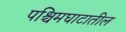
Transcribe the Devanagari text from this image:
पश्चिमघाटातील